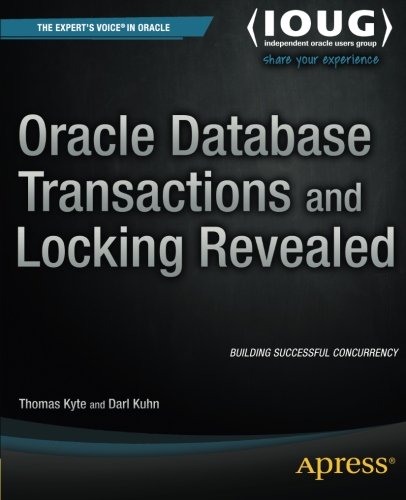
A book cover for Oracle Database Transactions and Locking Revealed; Thomas Kyte; Computers & Technology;